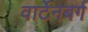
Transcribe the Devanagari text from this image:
वार्टेनबर्ग